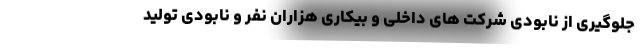
جلوگیری از نابودی شرکت های داخلی و بیکاری هزاران نفر و نابودی تولید